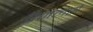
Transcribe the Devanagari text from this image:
एंजलसे